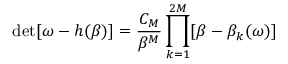
\operatorname* { d e t } [ \omega - h ( \beta ) ] = \frac { C _ { M } } { \beta ^ { M } } \prod _ { k = 1 } ^ { 2 M } [ \beta - \beta _ { k } ( \omega ) ]